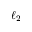
\ell _ { 2 }